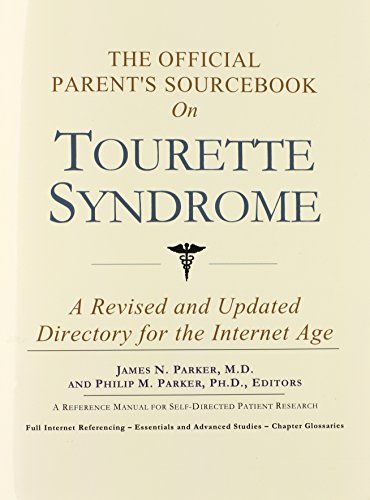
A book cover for The Official Parent's Sourcebook on Tourette Syndrome: A Revised and Updated Directory for the Internet Age; Icon Health Publications; Health, Fitness & Dieting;